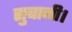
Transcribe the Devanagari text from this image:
सुबानी।